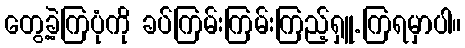
တွေ့ခဲ့ကြပုံကို ခပ်ကြမ်းကြမ်းကြည့်ရှူ.ကြရမှာပါ။